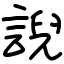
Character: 誽